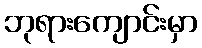
ဘုရားကျောင်းမှာ